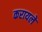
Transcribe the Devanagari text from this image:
करायले